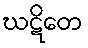
ဃဋိတေ